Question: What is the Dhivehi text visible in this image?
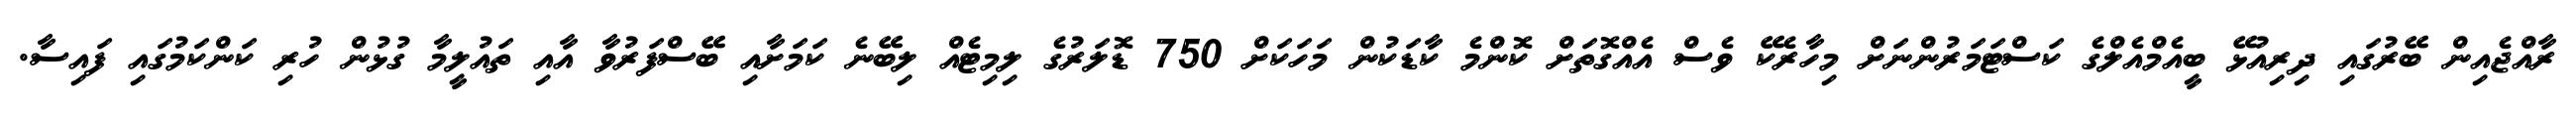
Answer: ރާއްޖެއިން ބޭރުގައި ދިރިއުޅޭ ބީއެމްއެލްގެ ކަސްޓަމަރުންނަށް މިހާރެކޭ ވެސް އެއްގޮތަށް ކޮންމެ ކާޑަކުން މަހަކަށް 750 ޑޮލަރުގެ ލިމިޓެއް ލިބޭނެ ކަމަށާއި ބޭސްފަރުވާ އާއި ތައުލީމާ ގުޅުން ހުރި ކަންކަމުގައި ފައިސާ.